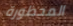
المحظورة